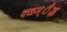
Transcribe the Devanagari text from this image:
क्ळम्ैद्ध